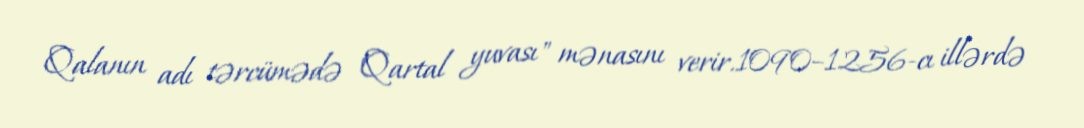
Qalanın adı tərcümədə "Qartal yuvası" mənasını verir.1090–1256-cı illərdə